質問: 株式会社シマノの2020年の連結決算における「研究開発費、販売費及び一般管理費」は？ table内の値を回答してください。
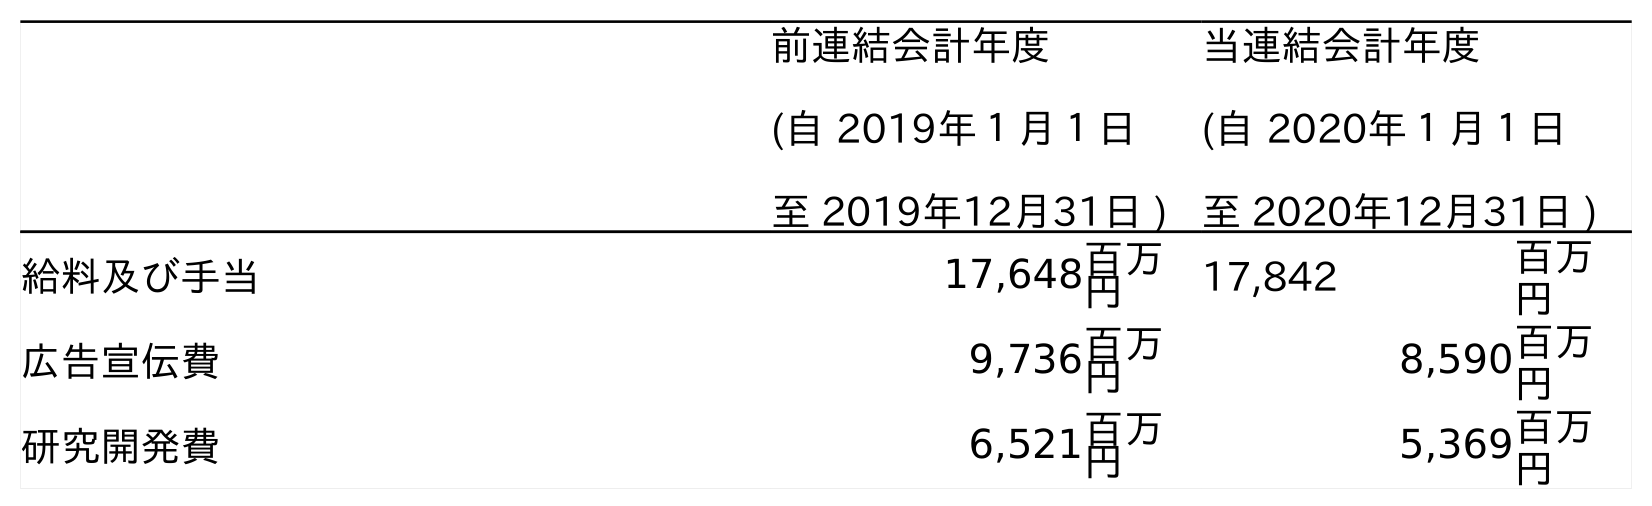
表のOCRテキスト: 前連結会計年度 (自 2019年１月１日 至 2019年12月31日 ) 当連結会計年度 (自 2020年１月１日 至 2020年12月31日 ) 給料及び手当 17,648百万 円 17,842 百万 円 広告宣伝費 9,736百万 円 8,590百万 円 研究開発費 6,521百万 円 5,369百万 円
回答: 5,369